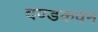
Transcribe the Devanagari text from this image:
दण्डकवन